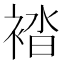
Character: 𧛆